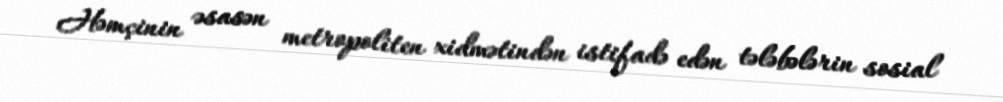
Həmçinin əsasən metropoliten xidmətindən istifadə edən tələbələrin sosial